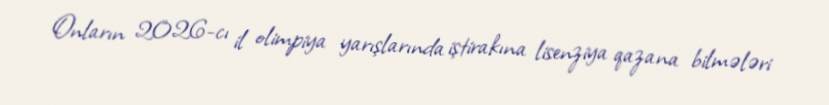
Onların 2026-cı il olimpiya yarışlarında iştirakına lisenziya qazana bilmələri